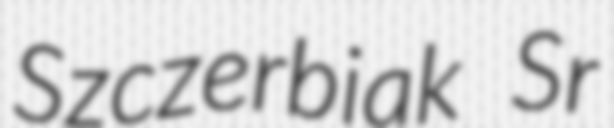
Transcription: Szczerbiak Sr